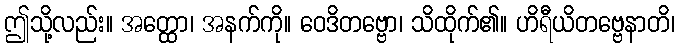
ဤသို့လည်း။ အတ္ထော၊ အနက်ကို။ ဝေဒိတဗ္ဗော၊ သိထိုက်၏။ ဟိရီယိတဗ္ဗေနာတိ၊